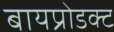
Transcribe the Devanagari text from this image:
बायप्रोडक्ट